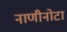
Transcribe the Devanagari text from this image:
नाणीनोटा